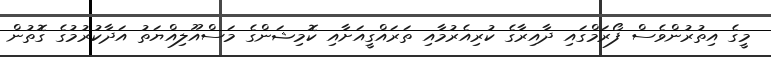
މީގެ އިތުރުންވެސް ފޯރަމްގައި ދާއިރާގެ ކުރިއެރުމާއި ތަރައްގީއަށާއި ކޮމިޝަންގެ މަސްއޫލިއްޔަތު އަދާކުރުމުގެ ގޮތުން